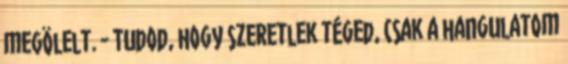
megölelt. - Tudod, hogy szeretlek téged, csak a hangulatom